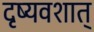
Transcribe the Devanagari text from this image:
दृष्यवशात्